Report of the Indian Hemp Drugs Commission, 1894-1895 - Volume VIII
Year: 1894
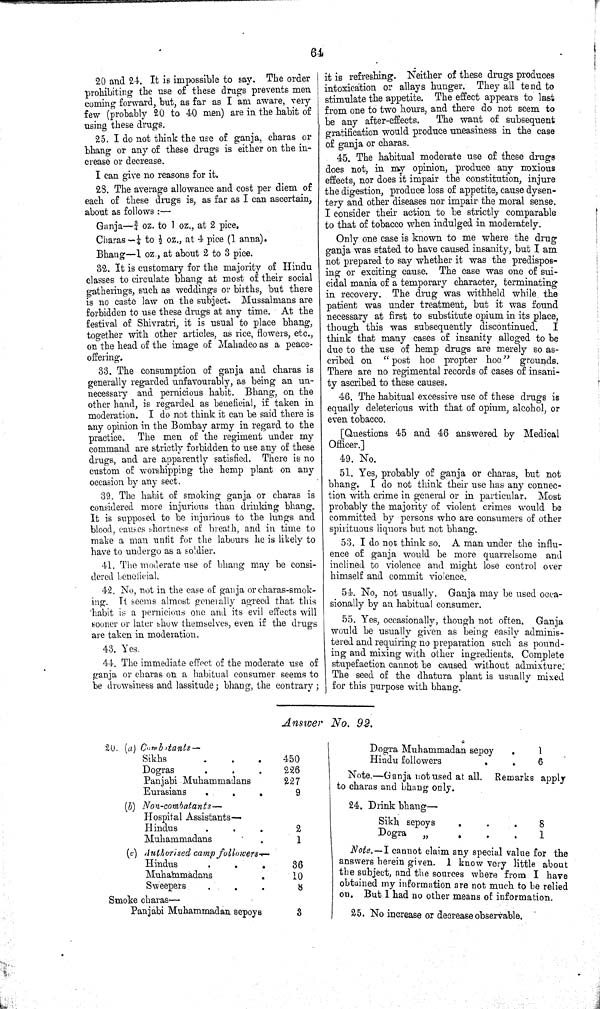
64
20 and 24. It is impossible to say. The order
prohibiting the use of these drugs prevents men
coming forward, but, as far as I am aware, very
few (probably 20 to 40 men) are in the habit of
using these drugs.
25. I do not think the use of ganja, charas or
bhang or any of these drugs is either on the in-
crease or decrease.
I can give no reasons for it.
28. The average allowance and cost per diem of
each of these drugs is, as far as I can ascertain,
about as follows:—
Ganja—3/4 oz. to 1 oz., at 2 pice.
Charas—1/4 to 1/2 oz., at 4 pice (1 anna).
Bhang—1 oz., at about 2 to 3 pice.
32. It is customary for the majority of Hindu
classes to circulate bhang at most of their social
gatherings, such as weddings or births, but there
is no caste law on the subject. Mussalmans are
forbidden to use these drugs at any time. At the
festival of Shivratri, it is usual to place bhang,
together with other articles, as rice, flowers, etc.,
on the head of the image of Mahadeo as a peace-
offering.
33. The consumption of ganja and charas is
generally regarded unfavourably, as being an un-
necessary and pernicious habit. Bhang, on the
other hand, is regarded as beneficial, if taken in
moderation. I do not think it can be said there is
any opinion in the Bombay army in regard to the
practice. The men of the regiment under my
command are strictly forbidden to use any of these
drugs, and are apparently satisfied. There is no
custom of worshipping the hemp plant on any
occasion by any sect.
39. The habit of smoking ganja or charas is
considered more injurious than drinking bhang.
It is supposed to be injurious to the lungs and
blood, causes shortness of breath, and in time to
make a man unfit for the labours he is likely to
have to undergo as a soldier.
41. The moderate use of bhang may be consi-
dered beneficial.
42. No, not in the case of ganja or charas-smok-
ing. It seems almost generally agreed that this
habit is a pernicious one and its evil effects will
sooner or later show themselves, even if the drugs
are taken in moderation.
43. Yes.
44. The immediate effect of the moderate use of
ganja or charas on a habitual consumer seems to
be drowsiness and lassitude; bhang, the contrary;
it is refreshing. Neither of these drugs produces
intoxication or allays hunger. They all tend to
stimulate the appetite. The effect appears to last
from one to two hours, and there do not seem to
be any after-effects.
The want of subsequent
gratification would produce uneasiness in the case
of ganja or charas.
45. The habitual moderate use of these drugs
does not, in my opinion, produce any noxious
effects, nor does it impair the constitution, injure
the digestion, produce loss of appetite, cause dysen-
tery and other diseases nor impair the moral sense.
I consider their action to be strictly comparable
to that of tobacco when indulged in moderately.
Only one case is known to me where the drug
ganja was stated to have caused insanity, but I am
not prepared to say whether it was the predispos-
ing or exciting cause. The case was one of sui-
cidal mania of a temporary character, terminating
in recovery. The drug was withheld while the
patient was under treatment, but it was found
necessary at first to substitute opium in its place,
though this was subsequently discontinued.
I
think that many cases of insanity alleged to be
due to the use of hemp drugs are merely so as-
cribed on "post hoe propter
hoc"
grounds.
There are no regimental records of cases of insani-
ty ascribed to these causes.
46. The habitual excessive use of these drugs is
equally deleterious with that of opium, alcohol, or
even tobacco.
[Questions 45 and 46 answered by Medical
Officer.]
49. No.
51. Yes, probably of ganja or charas, but not
bhang. I do not think their use has any connec-
tion with crime in general or in particular.
Most
probably the majority of violent crimes would be
committed by persons who are consumers of other
spirituous liquors but not bhang.
53. I do not think so. A man under the influ-
ence of ganja would be more quarrelsome and
inclined to violence and might lose control over
himself and commit violence.
54. No, not usually. Ganja may be used occa-
sionally by an habitual consumer.
55. Yes, occasionally, though not often. Ganja
would be usually given as being easily adminis-
tered and requiring no preparation such as pound-
ing and mixing with other ingredients. Complete
stupefaction cannot be caused without admixture.
The seed of the dhatura plant is usually mixed
for this purpose with bhang.
Answer No. 92.
20. (a) Combatants—
Sikhs
450
Dogras
226
Panjabi Muhammadans
227
Eurasians
9
(b)
Non-combatants—
Hospital Assistants—
Hindus
2
Muhammadans
1
(c) Authorised camp
followers—
Hindus
36
Muhammadans
10
Sweepers
8
Smoke charas—
Panjabi Muhammadan sepoys
3
Dogra Muhammadan sepoy
1
Hindu followers
6
Note.—Ganja not used at all. Remarks apply
to charas and bhang only.
24. Drink bhang—
Sikh sepoys
8
Dogra
"
1
Note.—I cannot claim any special value for the
answers herein given. I know very little about
the subject, and the sources where from I have
obtained my information are not much to be relied
on. But 1 had no other means of information.
25. No increase or decrease observable.